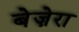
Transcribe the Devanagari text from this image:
बेज़ेरा